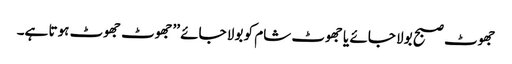
جھوٹ صبح بولا جائے یا جھوٹ شام کو بولا جائے ’’جھوٹ جھوٹ ہوتا ہے۔